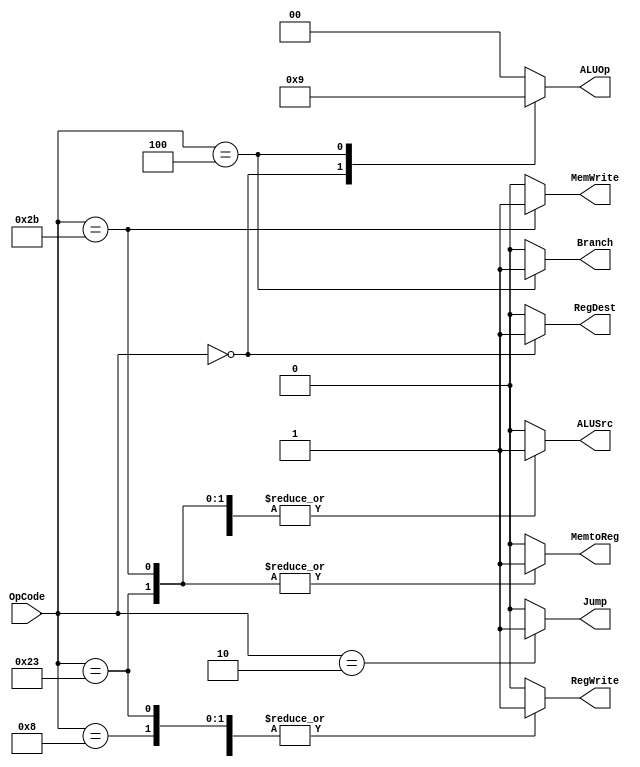

//////////////////////////////////////////////////////////////////////////////////
// Company: 
// 
// Design Name: 
// Module Name: MainDecoder
// Project Name: single cycle MIPS
// Target Devices: 
// Tool Versions: 
// Description: 
// 
// Dependencies: 
// 
// Revision:
// Revision 0.01 - File Created
// Additional Comments:
// 
//////////////////////////////////////////////////////////////////////////////////

module MainDecoder 
						(
						input[5:0] OpCode,
						output reg [1:0] ALUOp,
						output reg Jump,
						output reg MemWrite,RegWrite,MemtoReg,RegDest,ALUSrc,Branch
						);
						
						always @(*)
						begin
							casez(OpCode)
								6'b100011:                    //lw
								begin
									Jump = 1'b0;
									ALUOp = 2'b00;
									MemWrite = 1'b0;
									RegWrite = 1'b1;
									RegDest = 1'b0;
									ALUSrc = 1'b1;
									MemtoReg = 1'b1;
									Branch = 1'b0;
								end
								
								6'b101011:                   //sw
								begin
									Jump = 1'b0;
									ALUOp = 2'b00;
									MemWrite = 1'b1;
									RegWrite = 1'b0;
									RegDest = 1'b0;
									ALUSrc = 1'b1;
									MemtoReg = 1'b1;
									Branch = 1'b0;
								end
								
								6'b000000:                     //R type
								begin
									Jump = 1'b0;
									ALUOp = 2'b10;
									MemWrite = 1'b0;
									RegWrite = 1'b1;
									RegDest = 1'b1;
									ALUSrc = 1'b0;
									MemtoReg = 1'b0;
									Branch = 1'b0;
								end
								
								6'b001000:                 //addi
								begin
									Jump = 1'b0;
									ALUOp = 2'b00;
									MemWrite = 1'b0;
									RegWrite = 1'b1;
									RegDest = 1'b0;
									ALUSrc = 1'b1;
									MemtoReg = 1'b0;
									Branch = 1'b0;
								end
								
								6'b000100:                    //beq
								begin
									Jump = 1'b0;
									ALUOp = 2'b01;
									MemWrite = 1'b0;
									RegWrite = 1'b0;
									RegDest = 1'b0;
									ALUSrc = 1'b0;
									MemtoReg = 1'b0;
									Branch = 1'b1;
								end
								
								6'b000010:                     //jal&j
								begin
									Jump = 1'b1;
									ALUOp = 2'b00;
									MemWrite = 1'b0;
									RegWrite = 1'b0;
									RegDest = 1'b0;
									ALUSrc = 1'b0;
									MemtoReg = 1'b0;
									Branch = 1'b0;
								end
								
								default:
								begin
									Jump = 1'b0;
									ALUOp = 2'b00;
									MemWrite = 1'b0;
									RegWrite = 1'b0;
									RegDest = 1'b0;
									ALUSrc = 1'b0;
									MemtoReg = 1'b0;
									Branch = 1'b0; 
								end
							endcase
						end
endmodule